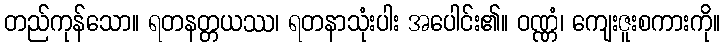
တည်ကုန်သော။ ရတနတ္တယဿ၊ ရတနာသုံးပါး အပေါင်း၏။ ဝဏ္ဏံ၊ ကျေးဇူးစကားကို။